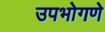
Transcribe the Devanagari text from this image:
उपभोगणे